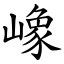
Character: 嶑